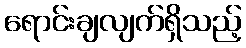
ရောင်းချလျက်ရှိသည့်